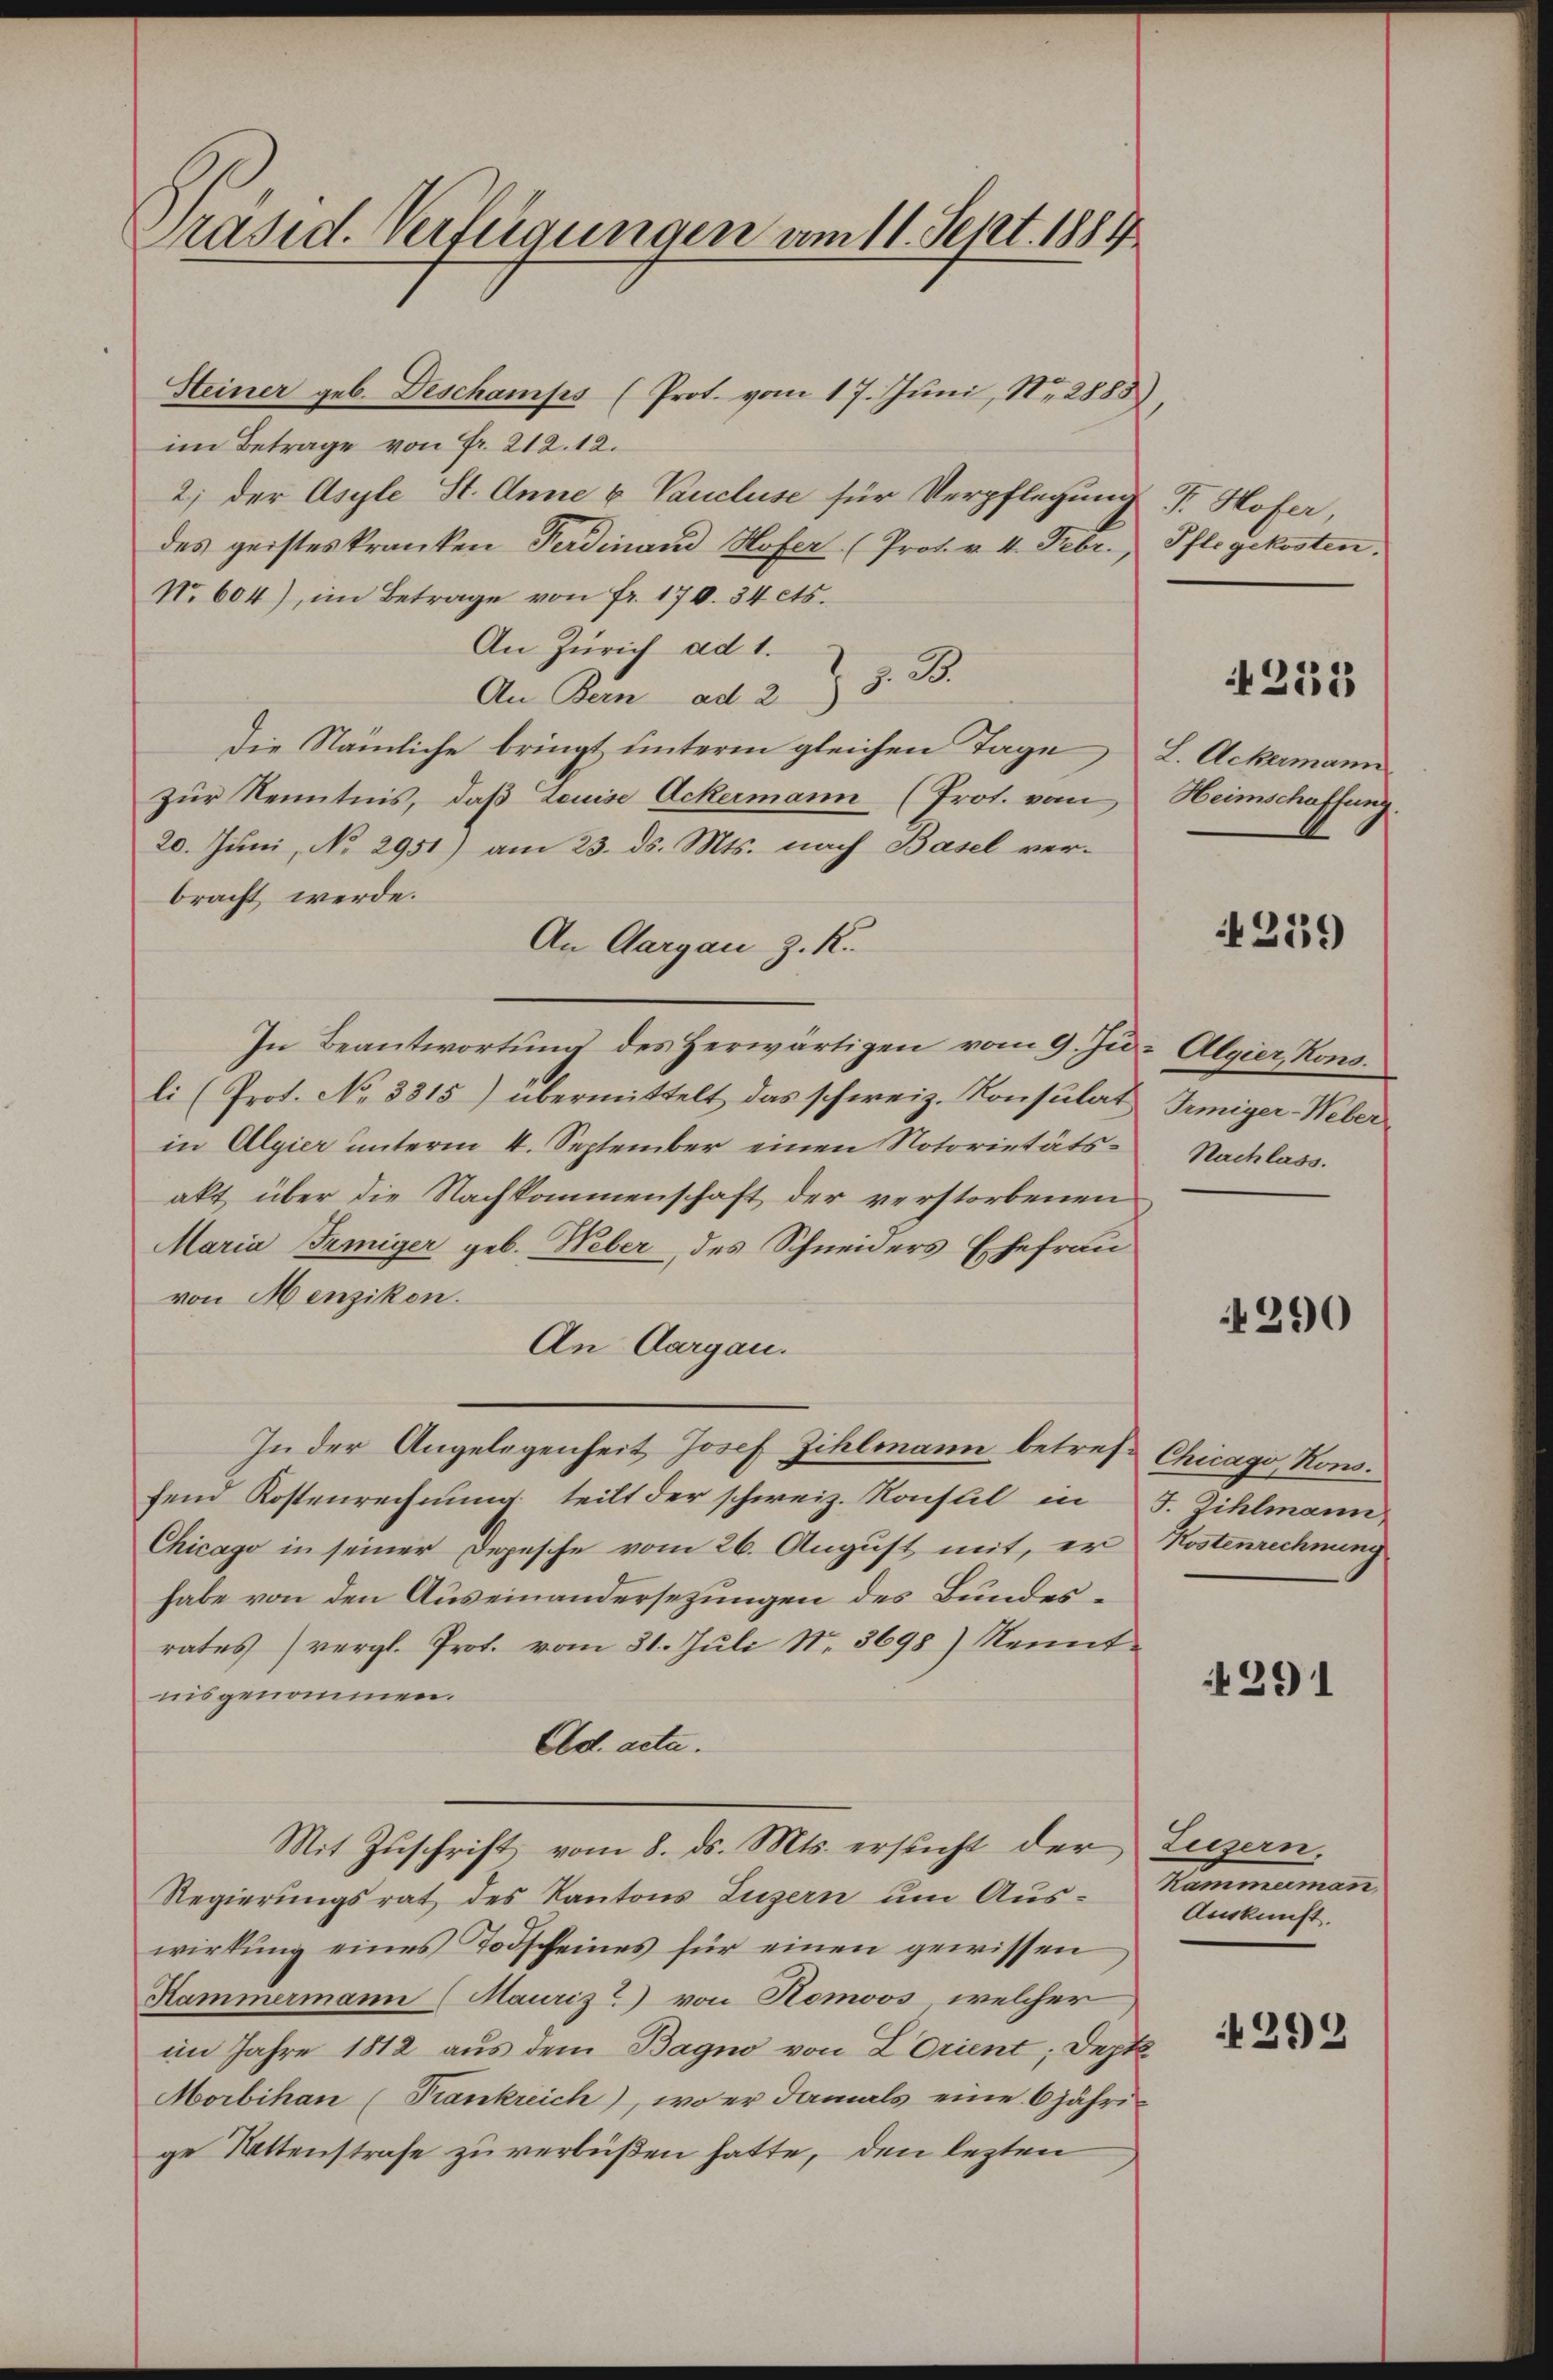
Präsid. Verfügungen am 11. Sept. 1884

Steiner geb. Deschamps (Prot. vom 17. Juni, N. 2888),
im Betrage von Fr. 212. 12.
2; der Asyle St. Anne & Vaucluse für Verpflegung Fr. Hofer,
des geisteskranken Ferdinand Hofer (Prot. v. 4. Febr., Pflegekosten.
No. 604), im Betrage von Fr. 170. 34 cts.
An Zürich ad 1. u. z. B.
An Bern ad 2
Die Nämliche bringt unterm gleichen Tage L. Ackermann
zur Kenntnis, daß Leuise Ackermann (Prot. vom
20. Juni, No 2951) am 23. ds. Mts. nach Basel ver-
bracht werde.
An Aargau z. K.
In Beantwortŭng des Herwärtigen vom 9. Ju- Algier, Kons.
li (Prot. No 3315) übermittelt das schweiz. Konsulat Juniger-Weber
in Algier unterm 4. September einen Notorietäts- Nachlass.
akt über die Nachkommenschaft der verstorbenen
Maria Femiger geb. Weber, des Schneiders Ehefrau
von Menzikon.
An Aargau.
In der Angelegenheit Josef Zihlmann betref Chicago, Kons.
fend Kostenrechnung teilt der schweiz. Konstil in J. Zihlmann,
Chicago in seiner Depesche vom 26. August mit, er Kostenrechnung
habe von den Auseinandersezungen des Bundesrates) vergl. Prot. vom 31. Jŭli N. 3698) Nennt
nisgenommen.
Ad acta.
Mit Zŭschrift vom 8. ds. Mts. ersucht der Luzern.
Regierungsrat des Kantons Luzern um Auswirkŭng eines Todscheines für einen gewissen
Kammermann (Mauriz?) von Homoos, welcher
im Jahre 1812 aus dem Bagno von LOrient; Dept
Morbihan (Frankreich), wo er damals eine 6 jährige Rattenstrafe zu verbüßen hatte, den lezten

4235

Heimschaffung.

4259

4290

291

Kammerman
Auskunft.

4292